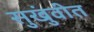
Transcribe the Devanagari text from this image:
सुखुंवीत